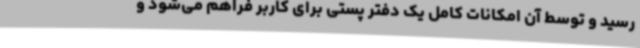
رسید و توسط آن امکانات کامل یک دفتر پستی برای کاربر فراهم می‌شود و